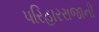
પરિહારરાજાની